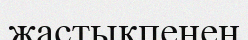
жастықпенен